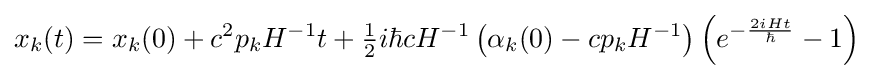
x_{k}(t)=x_{k}(0)+c^{2}p_{k}H^{-1}t+{\tfrac {1}{2}}i\hbar cH^{-1}\left(\alpha _{k}(0)-cp_{k}H^{-1}\right)\left(e^{-{\frac {2iHt}{\hbar }}}-1\right)